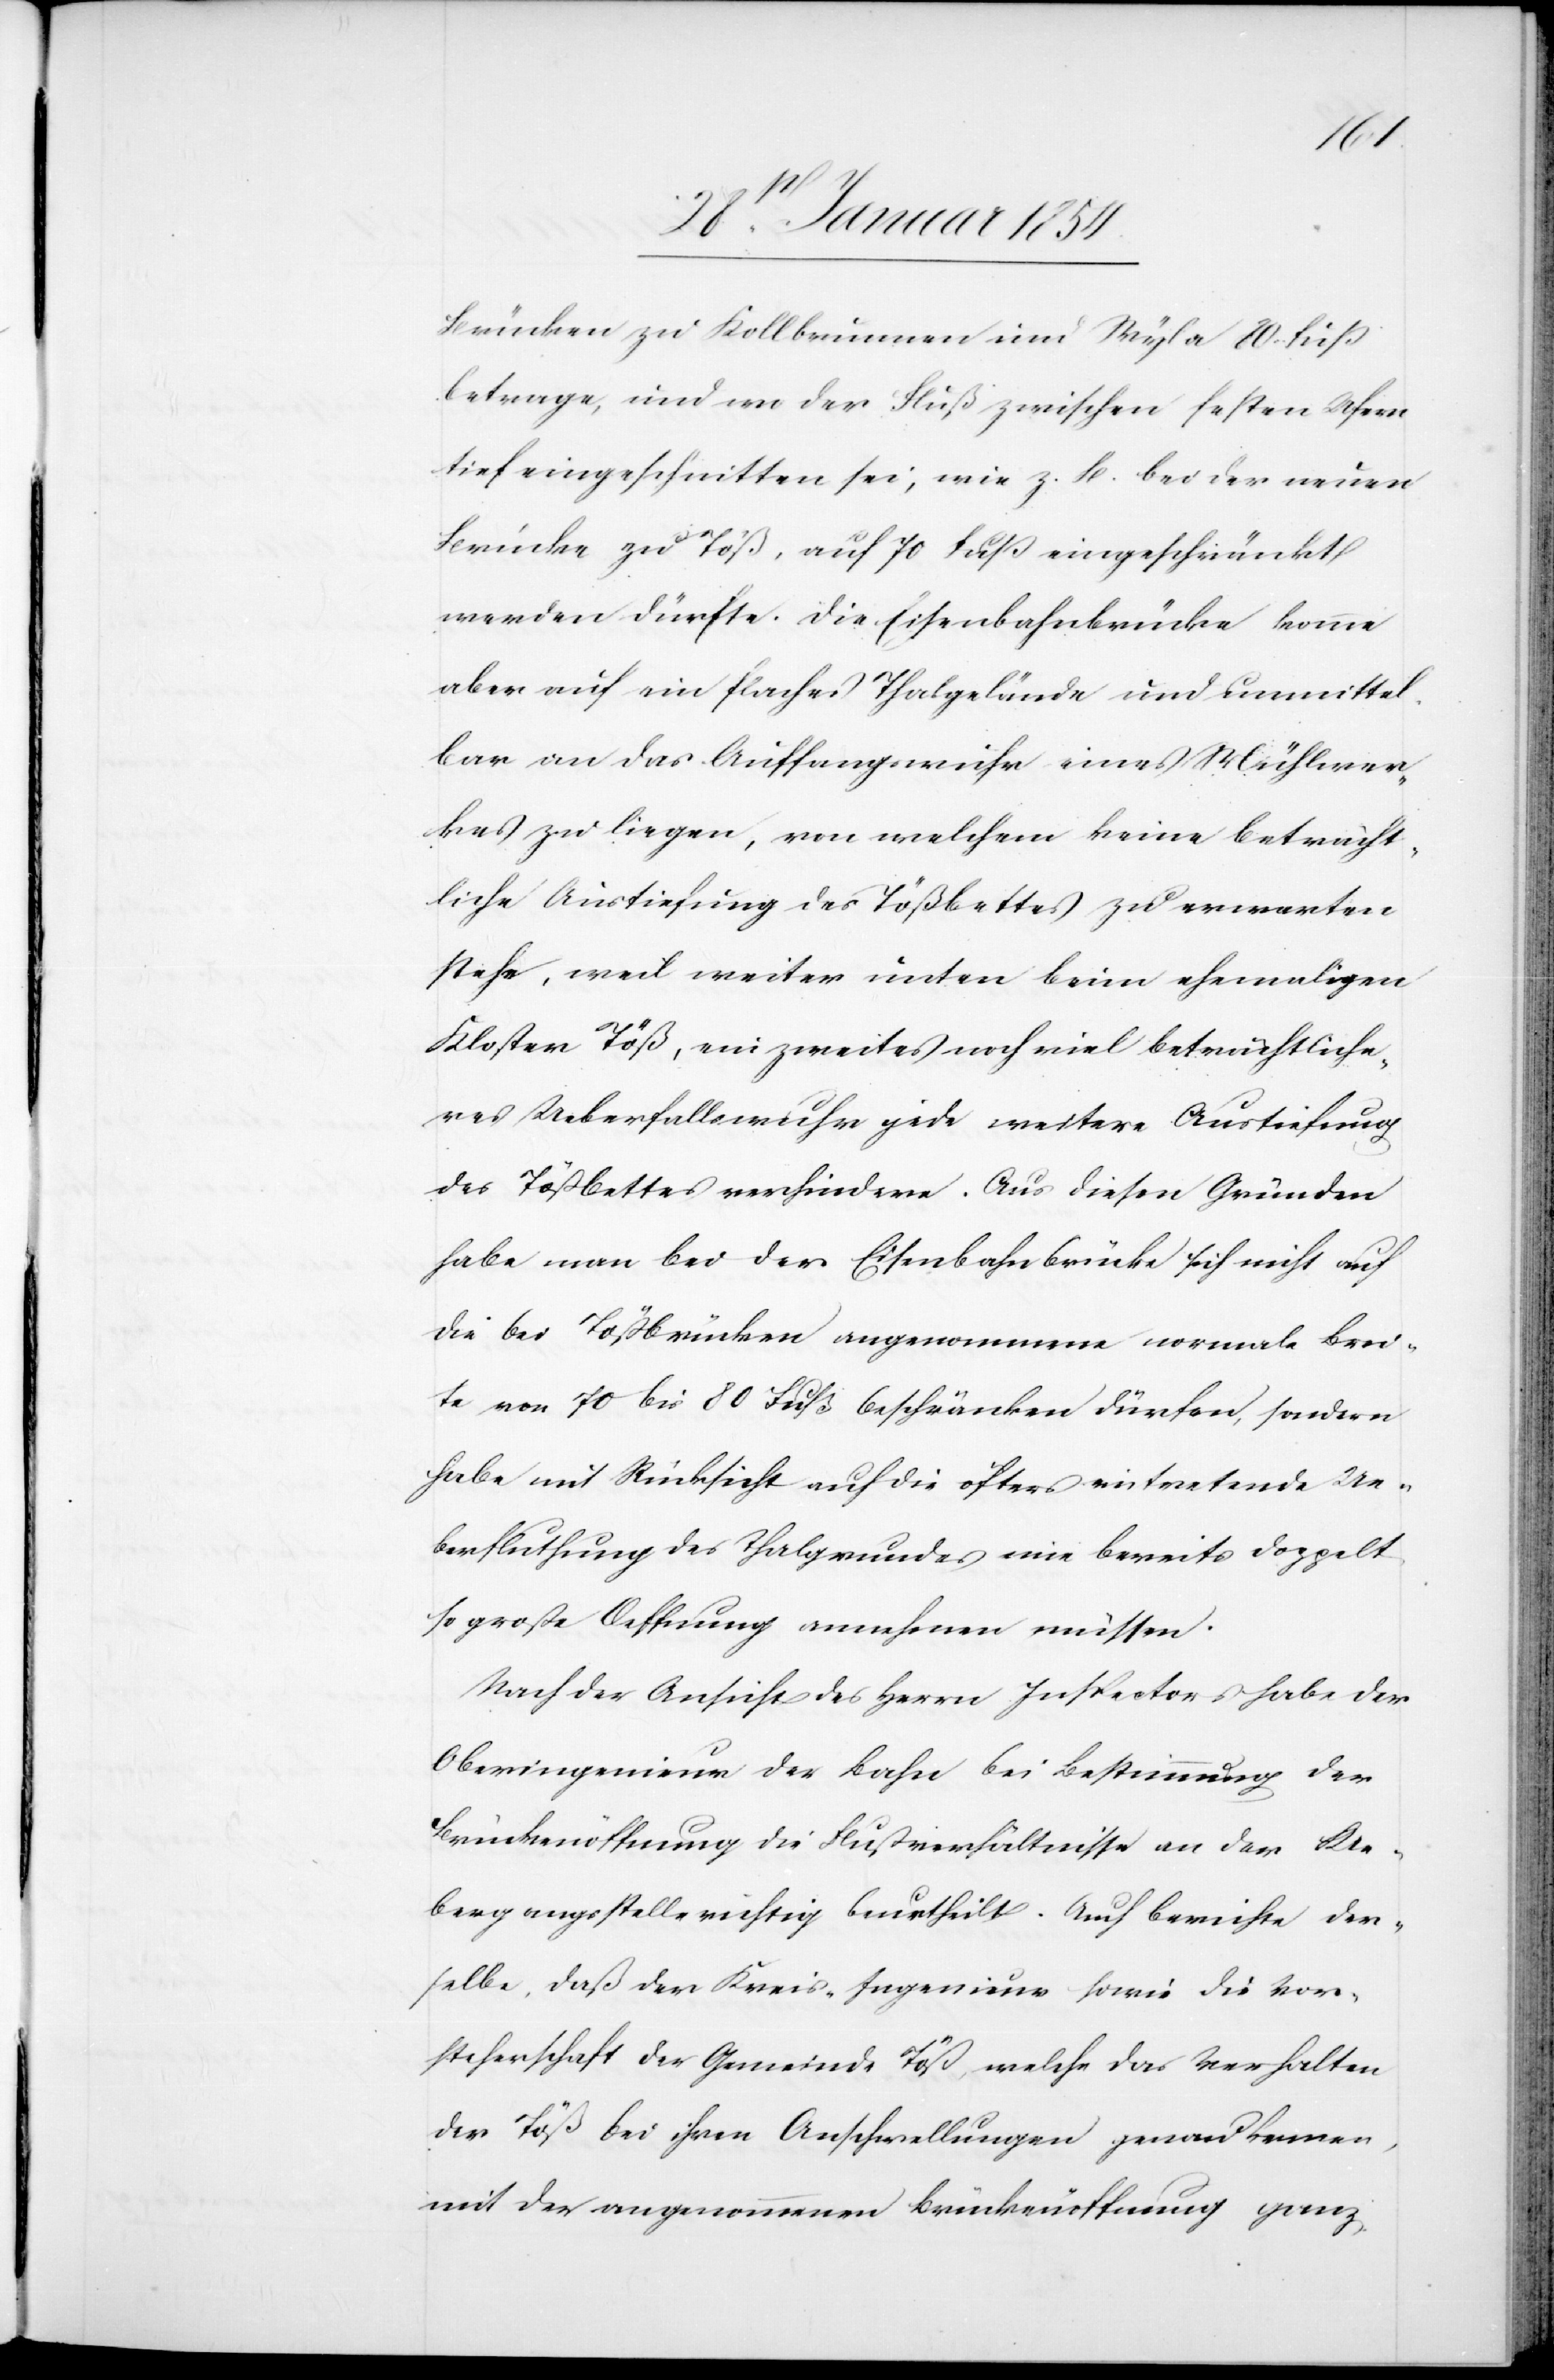
Brücken zu Kollbrunnen und Wyla 80 Fuß
betrage, und wo der Fluß zwischen festen Ufern
tief eingeschnitten sei, wie z. B. bei der neuen
Brücke zu Töß, auf 70 Fuß eingeschränkt
werden dürfte. Die Eisenbahnbrücke komme
aber auf ein flaches Thalgelände und unmittel¬
bar an das Auffangwuhr eines Mühlwer¬
kes zu liegen, von welchem keine beträcht¬
liche Austiefung des Tößbettes zu erwarten
stehe, weil weiter unten beim ehemaligen
Kloster Töß, ein zweites noch viel beträchtliche¬
res Ueberfallswuhr gebe weitere Austiefung
des Tößbettes verhindere. Aus diesen Gründen
habe man bei der Eisenbahnbrücke sich nicht auf
die bei Tößbrücken angenommene normale Brei¬
te von 70 bis 80 Fuß beschränken dürfen, sondern
habe mit Rücksicht auf die öfters eintretende Ue¬
berflutung des Thalgrundes eine bereits doppelt
so große Oeffnung annehmen müssen.
Nach der Ansicht des Herrn Inspectors habe der
Oberingenieur der Bahn bei Bestimmung der
Brückenöffnung die Flußverhältnisse an der Ue¬
bergangsstelle richtig beurtheilt. Auch berichte der¬
selbe, daß der Kreis-Ingenieur sowie die Vor¬
steherschaft der Gemeinde Töß, welche das Verhalten
der Töß bei ihren Anschwellungen genau kennen,
mit der angenommenen Brückenöffnung ganz